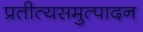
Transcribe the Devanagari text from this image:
प्रतीत्यसमुत्पादन